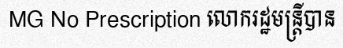
MG No Prescription លោករដ្ឋមន្ត្រីបាន